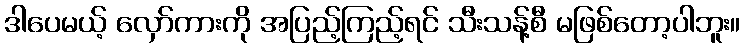
ဒါပေမယ့် လှော်ကားကို အပြည့်ကြည့်ရင် သီးသန့်စီ မဖြစ်တော့ပါဘူး။